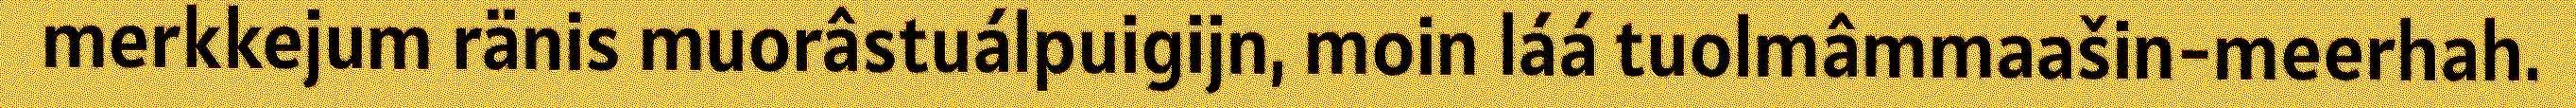
merkkejum ränis muorâstuálpuigijn, moin láá tuolmâmmaašin-meerhah.